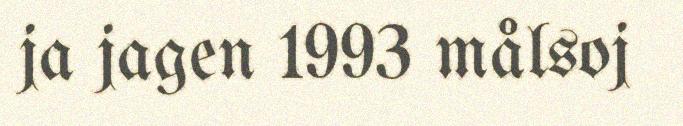
ja jagen 1993 målsoj